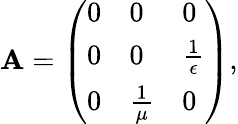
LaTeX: \mathbf{A}=\left({\begin{array}{lll}{0}&{0}&{0}\\ {0}&{0}&{{\frac{1}{\epsilon}}}\\ {0}&{{\frac{1}{\mu}}}&{0}\end{array}}\right),